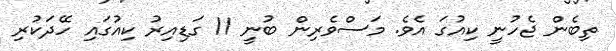
ތިބެން ޖެހުނީ ކިއުގަ އެވެ. މަސްވެރިން ބުނީ 11 ގަޑިއިރު ކިއުގައި ހޭދަކުރި